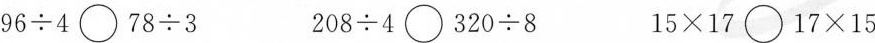
$$ 9 6 \div 4 \bigcirc 7 8 \div 3$$ $$ 2 0 8 \div 4 \bigcirc 3 2 0 \div 8$$ $$1 5 \times 1 7 \bigcirc 1 7 \times 1 5$$